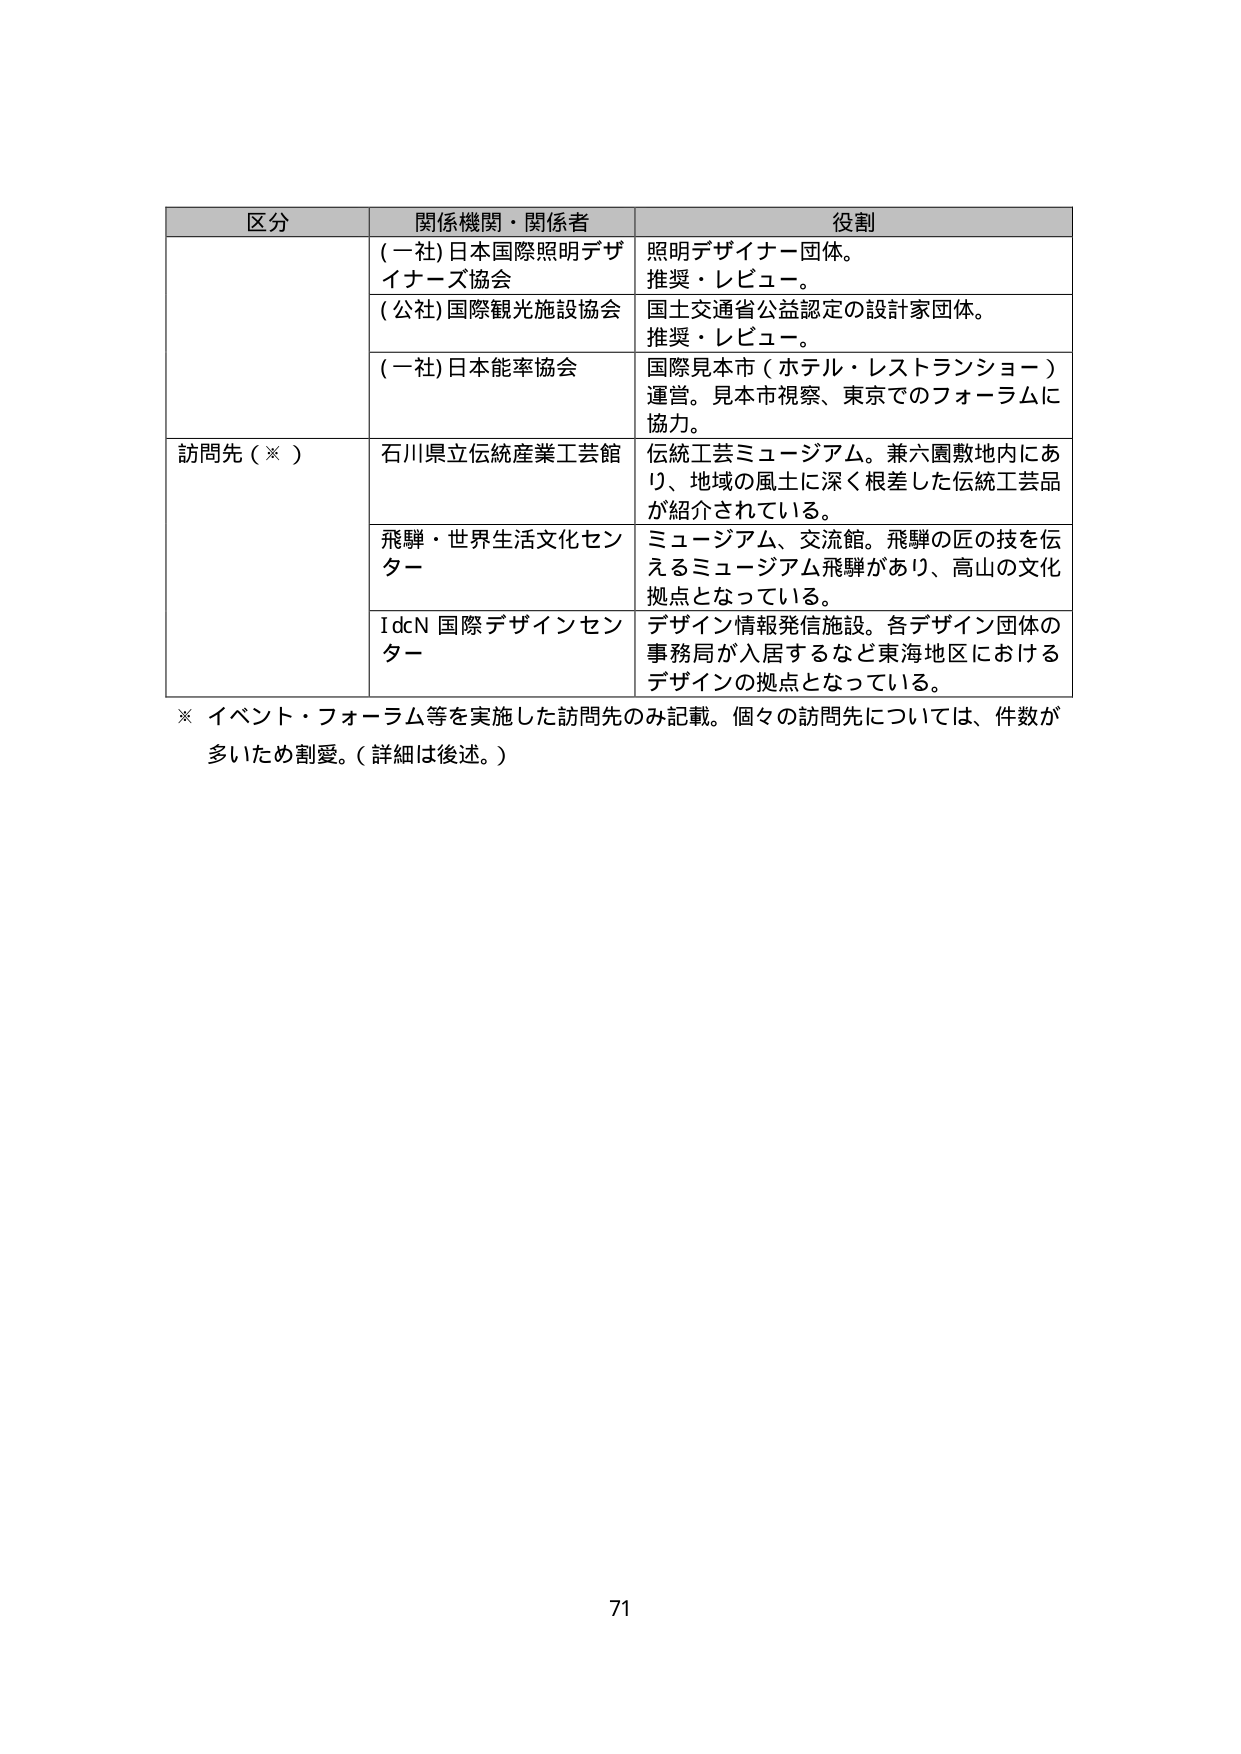
区分 関係機関・関係者 役割
(一社)日本国際照明デザイナーズ協会 照明デザイナー団体。推奨・レビュー。
(公社)国際観光施設協会 国土交通省公益認定の設計家団体。推奨・レビュー。
(一社)日本能率協会 国際見本市（ホテル・レストランショー）運営。見本市視察、東京でのフォーラムに協力。
訪問先（※） 石川県立伝統産業工芸館 伝統工芸ミュージアム。兼六園敷地内にあり、地域の風土に深く根差した伝統工芸品が紹介されている。
飛騨・世界生活文化センター ミュージアム、交流館。飛騨の匠の技を伝えるミュージアム飛騨があり、高山の文化拠点となっている。
IdcN 国際デザインセンター デザイン情報発信施設。各デザイン団体の事務局が入居するなど東海地区におけるデザインの拠点となっている。
※ イベント・フォーラム等を実施した訪問先のみ記載。個々の訪問先については、件数が多いため割愛。（詳細は後述。）
71